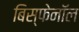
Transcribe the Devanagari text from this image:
बिस्फेनॉल